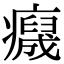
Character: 𤻯